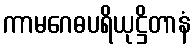
ကာမဂေဓပရိယုဋ္ဌိတာနံ